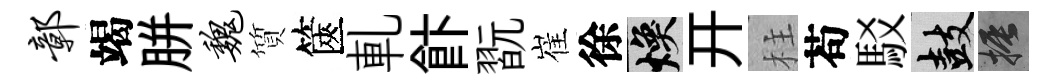
鄣竭胼魏質篋軋飰翫崔徐焕开柱苟駁鼓振